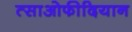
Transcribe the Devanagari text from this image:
त्साओफीदियान